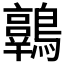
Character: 𪆾